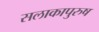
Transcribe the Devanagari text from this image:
सलाकापुरुष